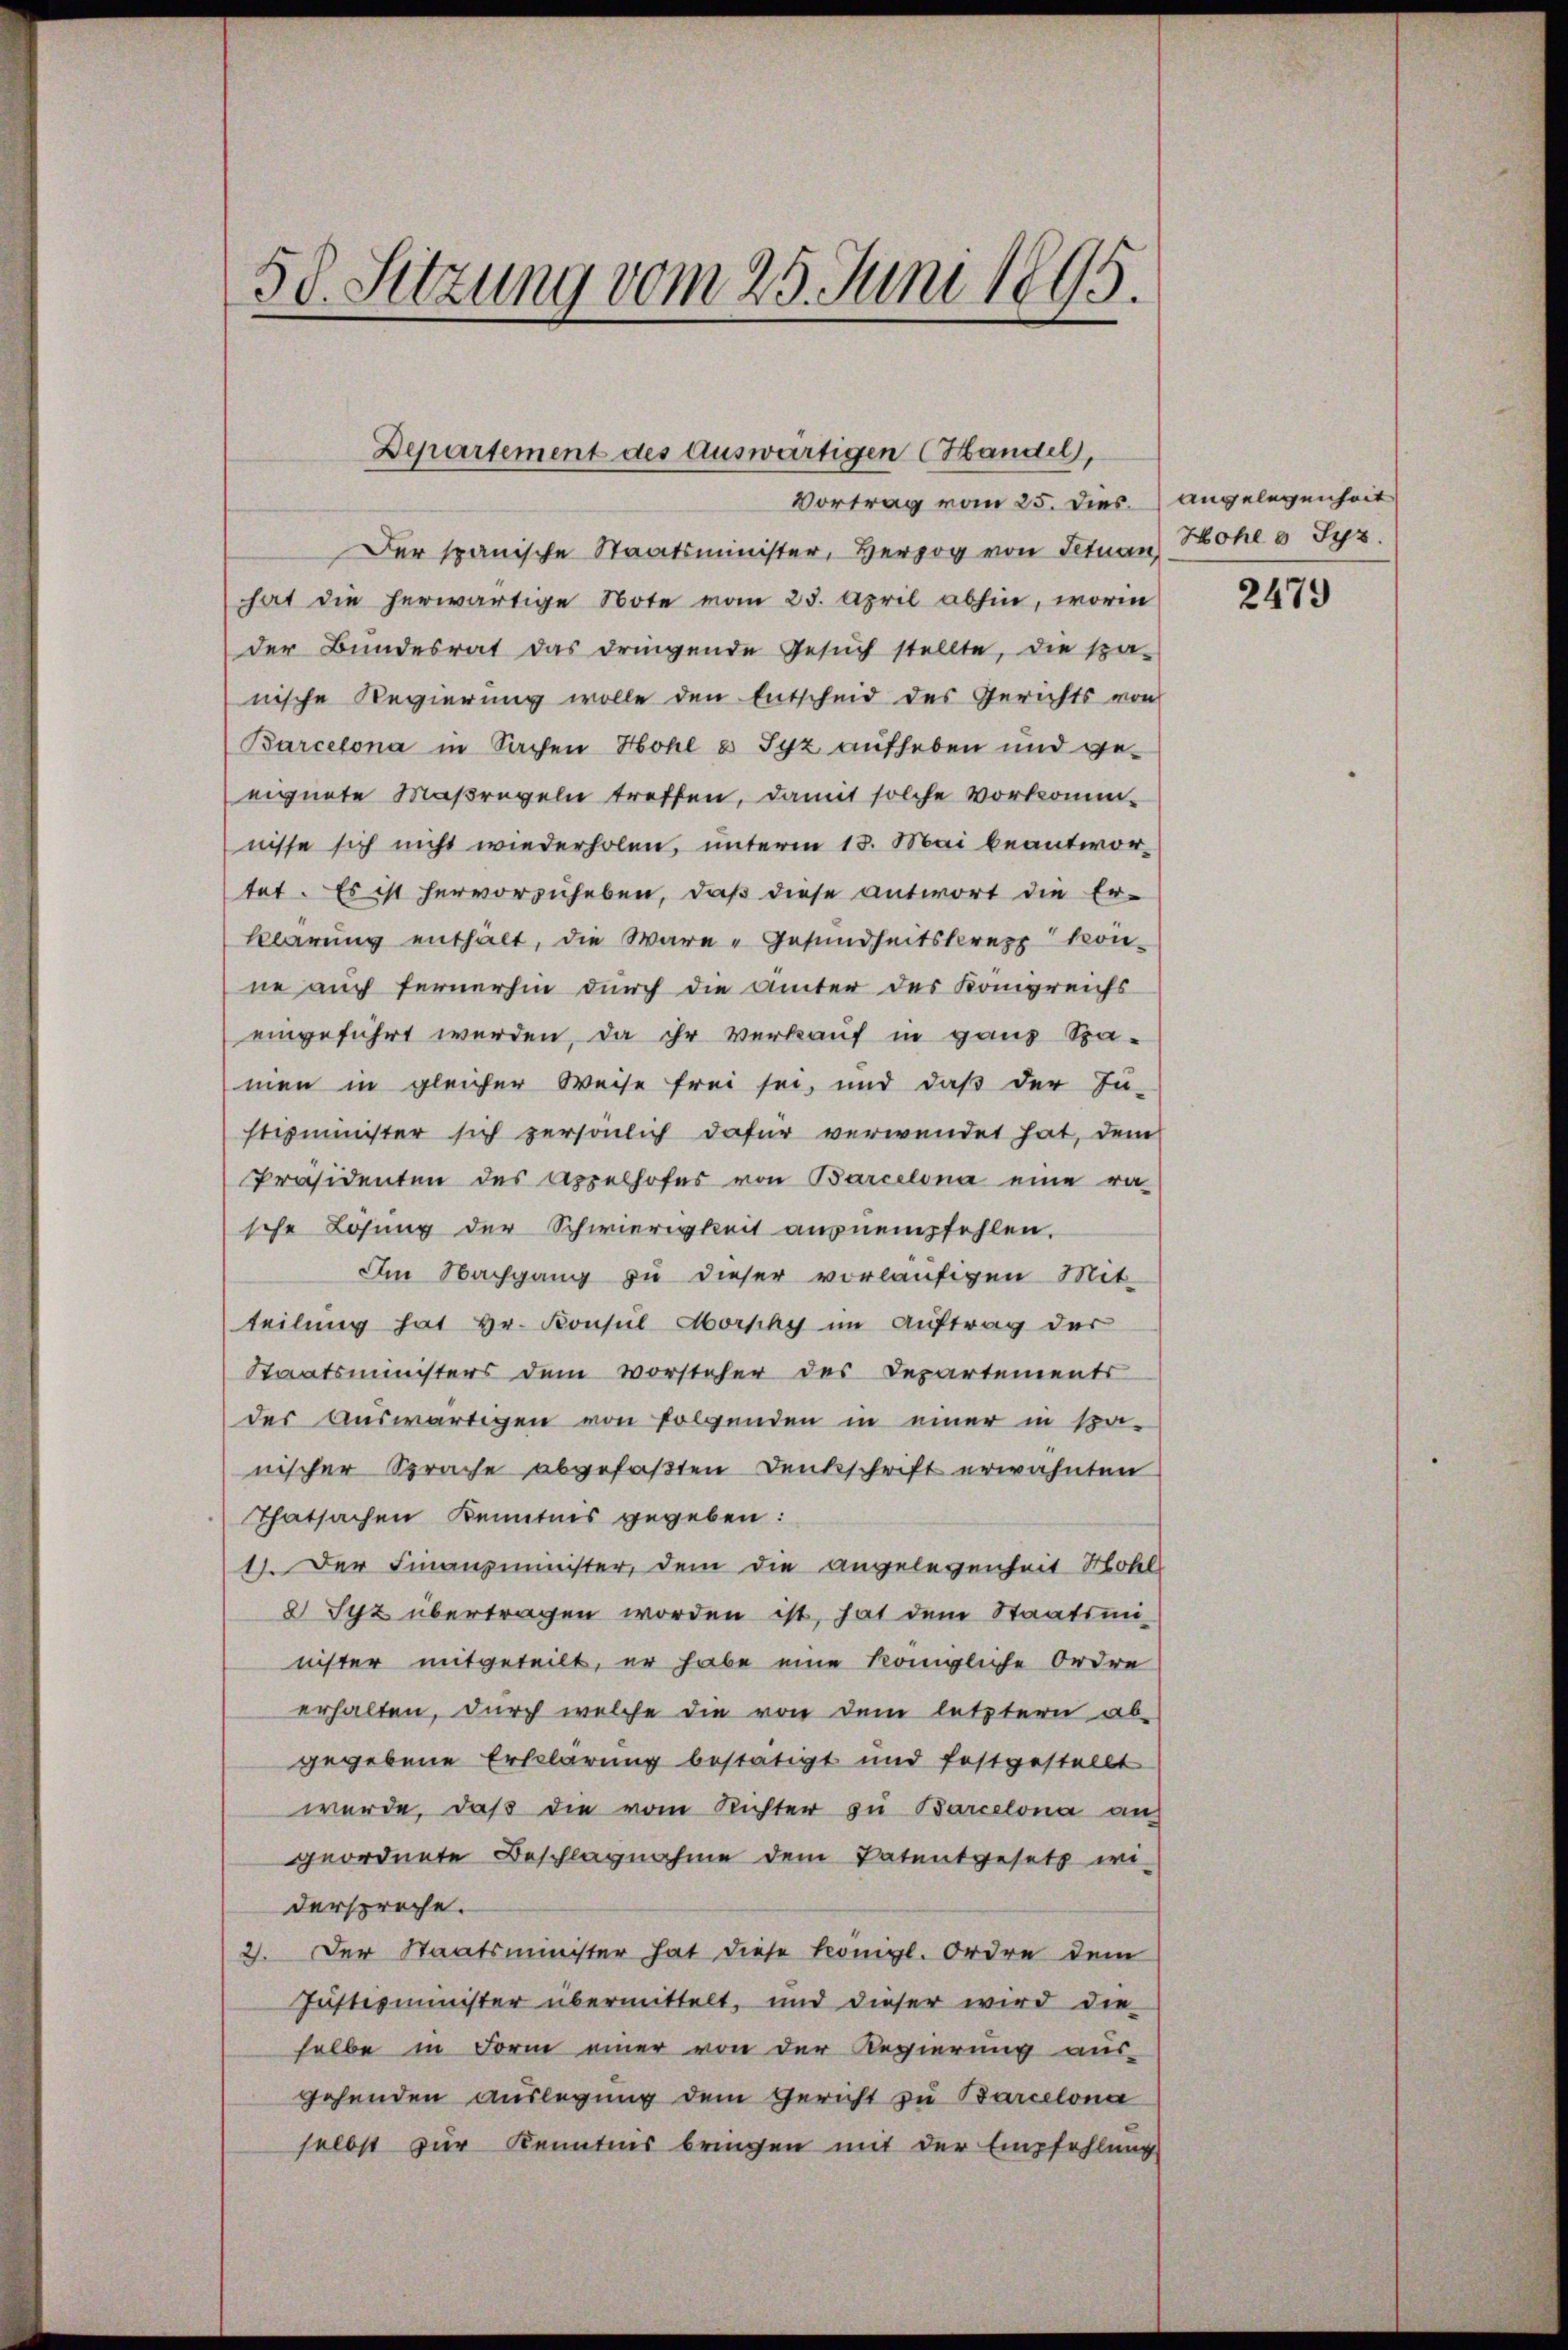
58. Sitzung vom 25. Juni 1895.

Departement des auswärtigen Handel,
Vortrag vom 25. Dies. angelegenheit

Der spanische Staatsminister, Herzog von Situan
hat die herwärtige Note vom 23. April abhin, worin
der Bundesrat das dringende Gesuch stellte, die spa-
nische Regierung wolle den Entscheid des Gerichts von
Barcelona in Sachen Hohl a Syz aufheben und geeignete Maßregeln treffen, damit solche Vorkommnisse sich nicht wiederholen, unterm 13. Mai beantwortet. Es ist hervorzuheben, daß diese antwort die Er-
klärung enthalt, die Ware - Gesundheitskrepp könne auch fernerhin durch die Unter des Königreichs
eingeführt werden, da ihr verkauf in ganz Spa-
men in gleicher Weise frei sei, und daß der Ju-
stizminister sich persönlich dafür verwendet hat, dem
Präsidenten des Appelhofes von Barcelona eine ra-
sche Lösung der Schwierigkeit ausnempfehlen.
Im Nachgang zu dieser vorläufigen Mit-
teilung hat Hr. Konsul Morphy im Auftrag der
Staatsministers dem Vorsteher des Departements
des Auswärtigen von folgenden in einer in sa-
nischer Sprache abgefaßten Denkschrift erwähnten
Thatsachen Kenntnis gegeben:
11. Der Finanzminister, dem die angelegenheit Mohel
8 Syz übertragen worden ist, hat dem Staatsminister mitgeteilt, er habe eine königliche Ordre
erhalten, durch welche die von dem letztern ab-
gegebene Erklärung bestätigt und festgestellt
würde, daß die vom Richter zu Barcelona auf
geordnete Beschlagnahme dem Patentgesetz wi
derspreche.
2. Der Staatsminister hat diese Königl. Ordre dem
Justizminister übermittelt, und dieser wird die
selbe in Form einer von der Regierung aus-
gehenden Auslegung dem Gericht zu Barcelona
selbst zur Kenntnis bringen mit der Empfehlung

Hohl u. Syz.

2479